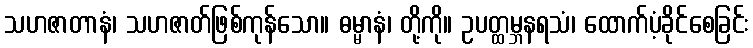
သဟဇာတာနံ၊ သဟဇာတ်ဖြစ်ကုန်သော။ ဓမ္မာနံ၊ တို့ကို။ ဥပတ္ထမ္ဘနရသံ၊ ထောက်ပံ့ခိုင်စေခြင်း